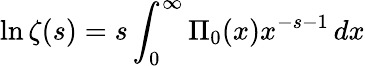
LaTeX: \ln\zeta(s)=s\int_{0}^{\infty}\Pi_{0}(x)x^{-s-1}\, dx